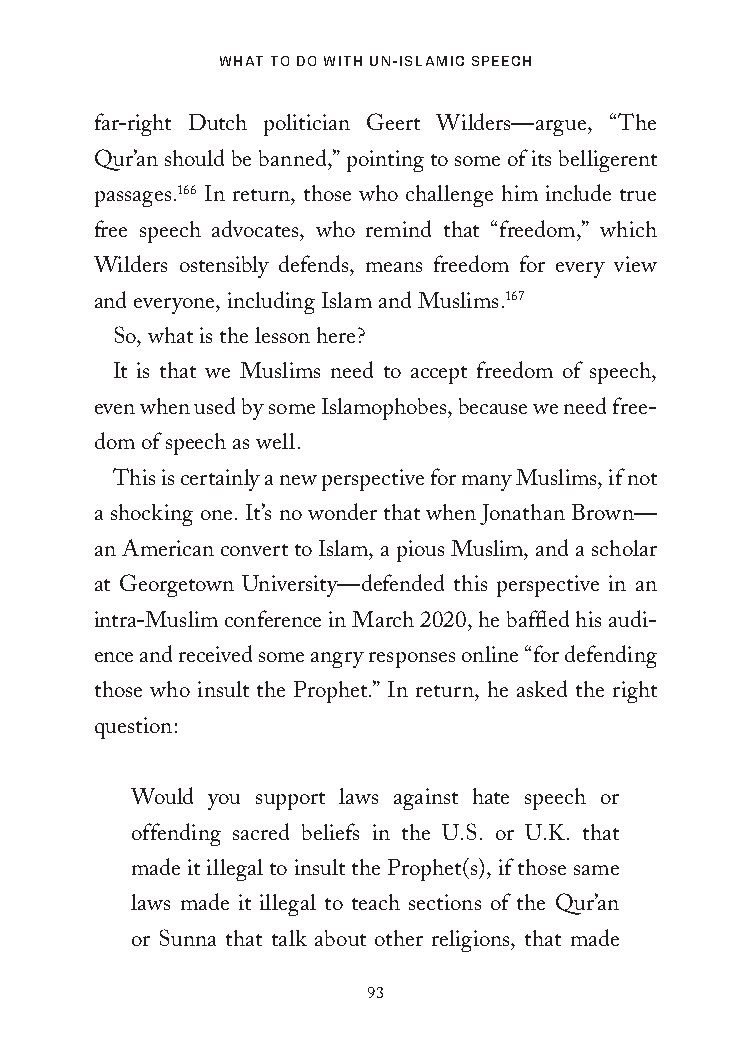
What to Do With Un-islamic speech
 far-right Dutch politician Geert Wilders—argue, “The
 Qur’an should be banned,” pointing to some of its belligerent
 passages.166 In return, those who challenge him include true
 free speech advocates, who remind that “freedom,” which
 Wilders ostensibly defends, means freedom for every view
 and everyone, including Islam and Muslims.167
 So, what is the lesson here?
 It is that we Muslims need to accept freedom of speech,
 even when used by some Islamophobes, because we need free-
 dom of speech as well.
 This is certainly a new perspective for many Muslims, if not
 a shocking one. It’s no wonder that when Jonathan Brown—
 an American convert to Islam, a pious Muslim, and a scholar
 at Georgetown University—defended this perspective in an
 intra-Muslim conference in March 2020, he baffled his audi-
 ence and received some angry responses online “for defending
 those who insult the Prophet.” In return, he asked the right
 question:
 Would you support laws against hate speech or
 offending sacred beliefs in the U.S. or U.K. that
 made it illegal to insult the Prophet(s), if those same
 laws made it illegal to teach sections of the Qur’an
 or Sunna that talk about other religions, that made
 93
 25320_Ch06.indd 93                      24/06/2021 9:13 AM